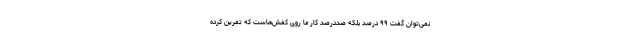
نمی‌توان گفت ۹۹ درصد بلکه صددرصد کار ما روی کفش‌هاست که تمرین کرده